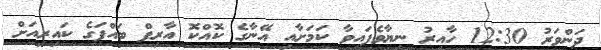
ދަންވަރު 12:30 ހާއިރު ނިޔާވެފައިވާ ކަމަށާއި އޭނާގެ ކޮއްކޮ އާރިފް ބައްޕަގެ ކައިރިއަށް